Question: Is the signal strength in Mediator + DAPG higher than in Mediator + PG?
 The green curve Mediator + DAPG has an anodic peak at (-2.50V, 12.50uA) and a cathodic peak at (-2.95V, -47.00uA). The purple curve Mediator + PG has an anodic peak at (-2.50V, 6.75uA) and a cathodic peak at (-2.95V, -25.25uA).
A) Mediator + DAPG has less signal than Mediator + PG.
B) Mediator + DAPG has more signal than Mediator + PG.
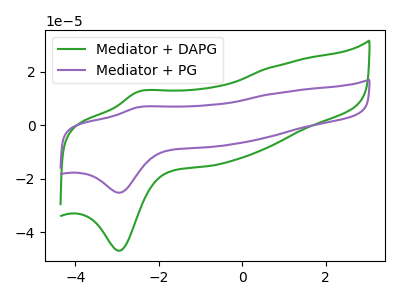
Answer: <think>All the peaks in "Mediator + DAPG" have a peak in "Mediator + PG" at the same potential. Every peak in "Mediator + DAPG" is higher than every peak in "Mediator + PG".
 </think>
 <answer>B) "Mediator + DAPG" has more signal than "Mediator + PG".</answer>
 <eval>B</eval>